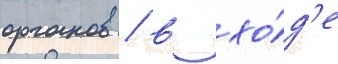
органов / в хо́д'е